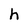
Character: h